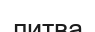
литва